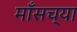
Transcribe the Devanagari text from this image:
माँसच्या